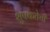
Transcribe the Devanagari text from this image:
शुषकतेची